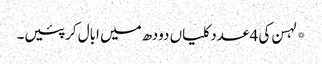
*لہسن کی 4 عدد کلیاں دودھ میں ابال کر پئیں۔